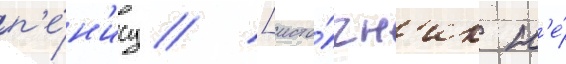
п'е́н'ису // [исто́чн'ик н'е́